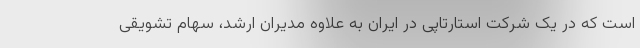
است که در یک شرکت استارتاپی در ایران به علاوه مدیران ارشد، سهام تشویقی